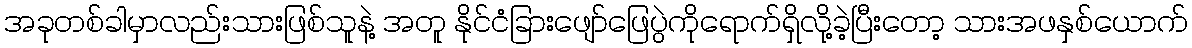
အခုတစ်ခါမှာလည်းသားဖြစ်သူနဲ့ အတူ နိုင်ငံခြားဖျော်ဖြေပွဲကိုရောက်ရှိလို့ခဲ့ပြီးတော့ သားအဖနှစ်ယောက်